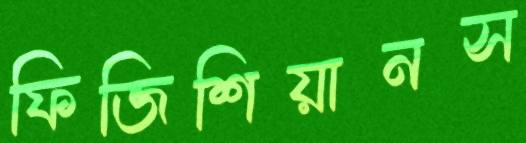
ফিজিশিয়ানস